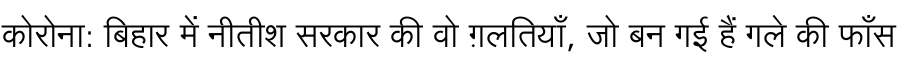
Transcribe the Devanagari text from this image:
कोरोना: बिहार में नीतीश सरकार की वो ग़लतियाँ, जो बन गई हैं गले की फाँस